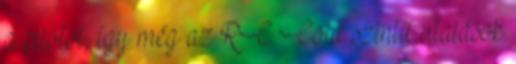
a pilotot, így még az RC Cola szintű utalások